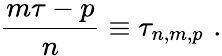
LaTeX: \frac{m\tau-p}{n}\equiv\tau_{n,m,p}\, \, .